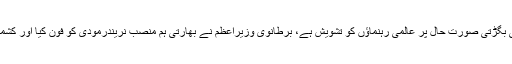
تفصیلات کے مطابق مقبوضہ کشمیر کی بگڑتی صورت حال پر عالمی رہنماؤں کو تشویش ہے، برطانوی وزیراعظم نے بھارتی ہم منصب نریندرمودی کو فون کیا اور کشمیر پر پاکستان سے مذاکرات پر زُور دیا۔